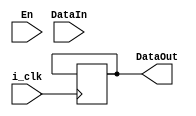
module register #(parameter regAddr=0)(
input   i_clk,
input   En,
input   [31:0] DataIn,
output  [31:0] DataOut
);

reg [31:0] mipsReg;

initial 
begin
    mipsReg <= 32'd0; // non-blocking assignment operator; used in sequential logic
end

assign DataOut = mipsReg;

always @(posedge i_clk)
begin
    if(En & regAddr !=0) //regAddr = 0 is for zero register $zero
        mipsReg <= DataIn;
end

endmodule